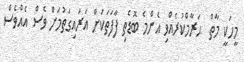
މީހަކީ މާތް  ޙަރާމްކުރެއްވި އެންމެ ބޮޑެތި ފާފަތަކަށް އަރައިގަތުމަށް ވެސް އެއްވެސް